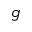
g